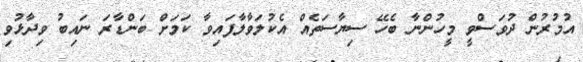
އުމުރުން ދުވަސްވީ މީހުންނާ ބެހޭ ސިޔާސަތެއް އެކުލަވާލާފައިވާ ކަމަށް ބަންޑާރަ ނައިބު ވިދާޅުވި